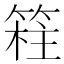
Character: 𥯸